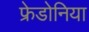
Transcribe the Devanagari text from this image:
फ्रेडोनिया